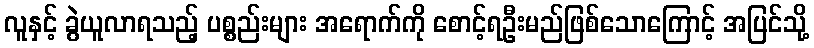
လူနှင့် ခွဲယူလာရသည့် ပစ္စည်းများ အရောက်ကို စောင့်ရဦးမည်ဖြစ်သောကြောင့် အပြင်သို့